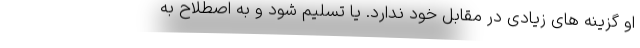
او گزینه های زیادی در مقابل خود ندارد. یا تسلیم شود و به اصطلاح به